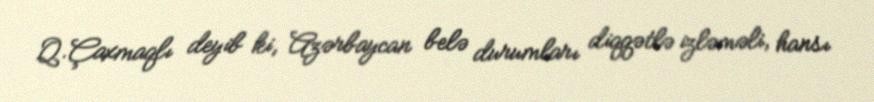
Q.Çaxmaqlı deyib ki, Azərbaycan belə durumları diqqətlə izləməli, hansı